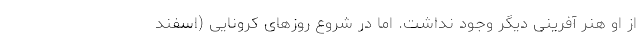
از او هنر آفرینی دیگر وجود نداشت. اما در شروع روزهای کرونایی (اسفند